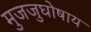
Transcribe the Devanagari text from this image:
मुजजुघोषाय